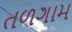
તળગામ